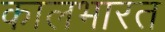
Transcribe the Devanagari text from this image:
कालभारत